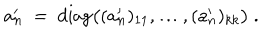
a _ { n } ^ { \prime } \ = \ \mathrm { d i a g } \big ( ( a _ { n } ^ { \prime } ) _ { 1 1 } ^ { } , \ldots , ( a _ { n } ^ { \prime } ) _ { k k } ^ { } \big ) \ .